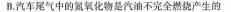
B. 汽车尾气中的氮氧化物是汽油不完全燃烧产生的